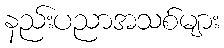
နည်းပညာအသစ်များ